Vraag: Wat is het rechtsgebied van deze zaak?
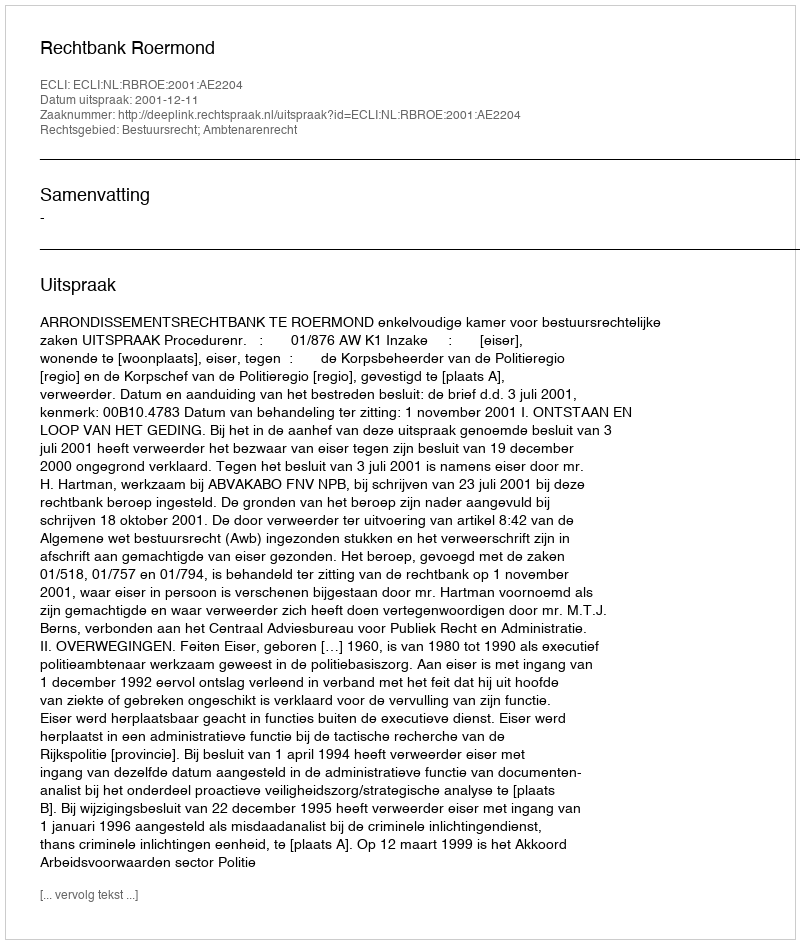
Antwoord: Bestuursrecht; Ambtenarenrecht